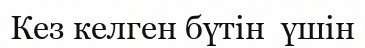
Кез келген бүтін  үшін